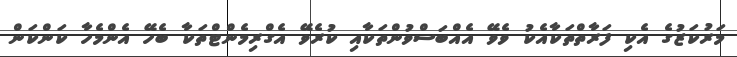
މަރުކަޒުގެ އެކި ފަރާތްތަކާއެކު ވެވޭ އެއްބަސްވުންތަކާއި ކުރެވޭ އެގްރިމެންޓްތަކާ ބެހޭ އެންމެހާ ކަންކަން